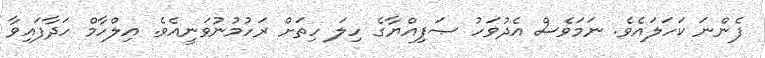
ފެންނަ ކަހަލައެވެ. ނަމަވެސް އެދުވަހު ޞަފިއްޔާގެ ހިލަ ހިތަށް ރަހުމުނުވަނީއެވެ. އިލްހާމް ހަދާފައިވާ